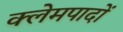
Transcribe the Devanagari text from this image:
क्लेमपादों